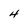
Character: 4